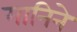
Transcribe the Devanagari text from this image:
मानिने